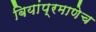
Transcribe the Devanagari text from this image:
बियांप्रमाणेच